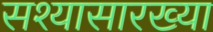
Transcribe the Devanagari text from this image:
सश्यासारख्या